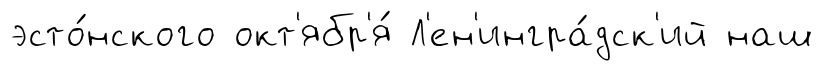
эсто́нского окт'ябр'я́ Л'ен'ингра́дск'ий наш